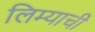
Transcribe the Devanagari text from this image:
लिम्याची